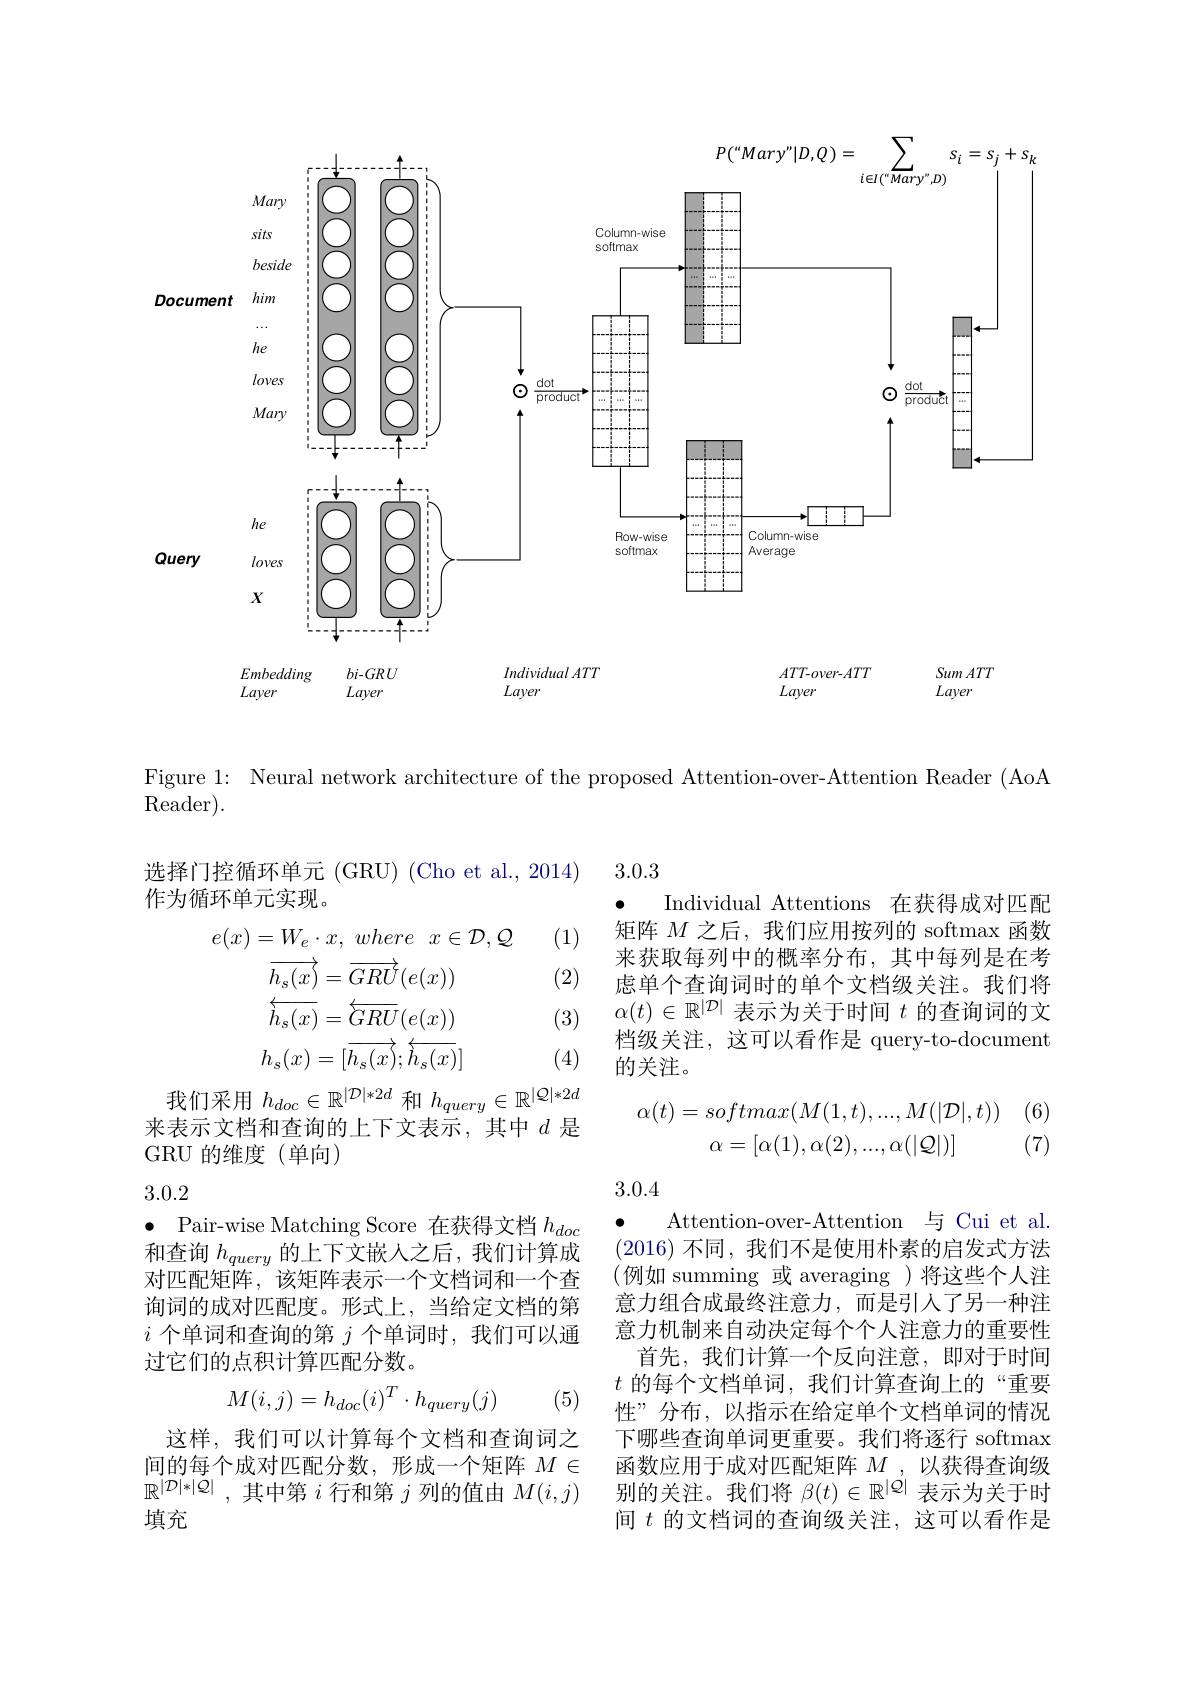
<FigureHere>

Figure 1: Neural network architecture of the proposed Attention-over-Attention Reader (AoA
$\operatorname{Reader}).$

3.0.3

选择门控循环单元 (GRU) (Cho et al., 2014)
作为循环单元实现。

(1)

(2)

$\bullet$ Individual Attentions 在获得成对匹配矩阵$M$之后，我们应用按列的 softmax 函数来获取每列中的概率分布，其中每列是在考虑单个查询词时的单个文档级关注。我们将$\alpha(t)\in\mathbb{R}^{|\mathcal{D}|}$表示为关于时间$t$的查询词的文档级关注，这可以看作是 query-to-document 的关注。
$$\begin{aligned}e(x)=W_{e}\cdot x,\:where\:x\in\mathcal{D},\mathcal{Q}\\\overrightarrow{h_{s}(x)}=\overrightarrow{GRU}(e(x))\\\overleftarrow{h_{s}(x)}=\overleftrightarrow{GRU}(e(x))\\h_{s}(x)=[\overrightarrow{h_{s}(x)};\overleftarrow{h_{s}(x)}]\end{aligned}$$
(3)

(4)

我们采用$h_doc\in\mathbb{R}^{|\mathcal{D}|*2d}$和$h_query\in\mathbb{R}^{|\mathcal{Q}|*2d}$ 来表示文档和查询的上下文表示，其中$d$ 是GRU 的维度(单向)
$$\begin{array}{c}\alpha(t)=softmax(M(1,t),...,M(|\mathcal{D}|,t))\\\alpha=[\alpha(1),\alpha(2),...,\alpha(|\mathcal{Q}|)]\end{array}$$
(7)

(6)

3.0.4

## 3.0.2

$\bullet$ Pair-wise Matching Score 在获得文档$h_doc$ 和查询$h_{query}$的上下文嵌入之后，我们计算成对匹配矩阵，该矩阵表示一个文档词和一个查询词的成对匹配度。形式上，当给定文档的第$i$个单词和查询的第$j$个单词时，我们可以通过它们的点积计算匹配分数。

$\bullet$
Attention-over-Attention 与 Cui et al. (2016)不同，我们不是使用朴素的启发式方法(例如 summing 或 averaging )将这些个人注意力组合成最终注意力，而是引入了另一种注意力机制来自动决定每个个人注意力的重要性
首先，我们计算一个反向注意，即对于时间$t$的每个文档单词，我们计算查询上的“重要性”分布，以指示在给定单个文档单词的情况下哪些查询单词更重要。我们将逐行 softmax 函数应用于成对匹配矩阵$M$,以获得查询级别的关注。我们将$\beta(t)\in\mathbb{R}^|Q|$表示为关于时间$t$的文档词的查询级关注，这可以看作是
$$M(i,j)=h_{doc}(i)^T\cdot h_{query}(j)$$
(5)

这样，我们可以计算每个文档和查询词之间的每个成对匹配分数，形成一个矩阵$M\in$ $\mathbb{R} ^{| \mathcal{D} | * | \mathcal{Q} | }$ ,其中第$i$行和第$j$列的值由$M(i,j)$ 填充